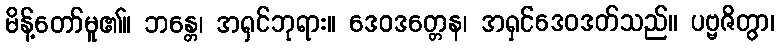
မိန့်တော်မူ၏။ ဘန္တေ၊ အရှင်ဘုရား။ ဒေဝဒတ္တေန၊ အရှင်ဒေဝဒတ်သည်။ ပဗ္ဗဇိတွာ၊